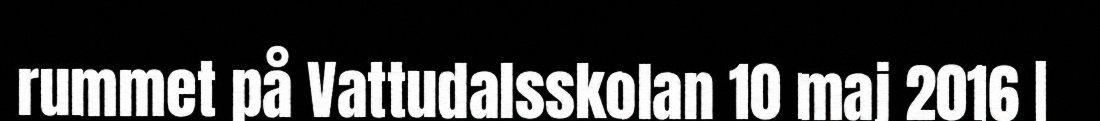
rummet på Vattudalsskolan 10 maj 2016 |